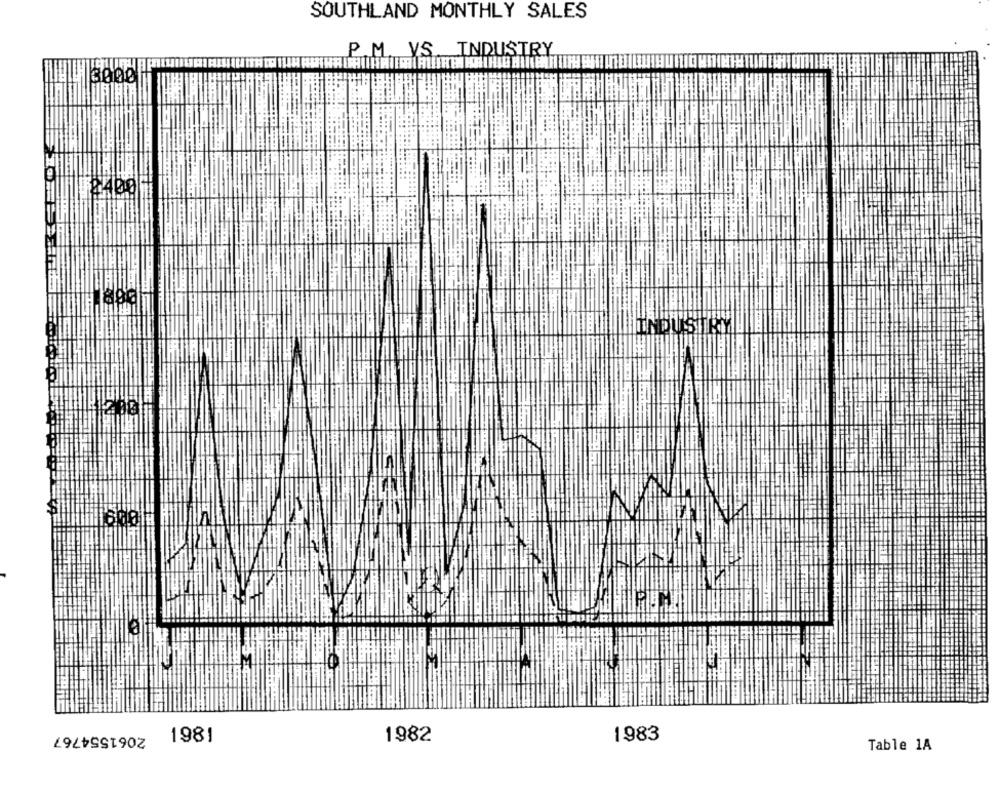
SOUTHLAND MONTHLY SALES
P.M. VS. INDUSTRY
11: 3000
1200
2061554767
1983
1981
1982
Table 1A